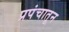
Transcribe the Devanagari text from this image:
प्रपंचातून